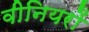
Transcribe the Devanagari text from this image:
वीनियरों